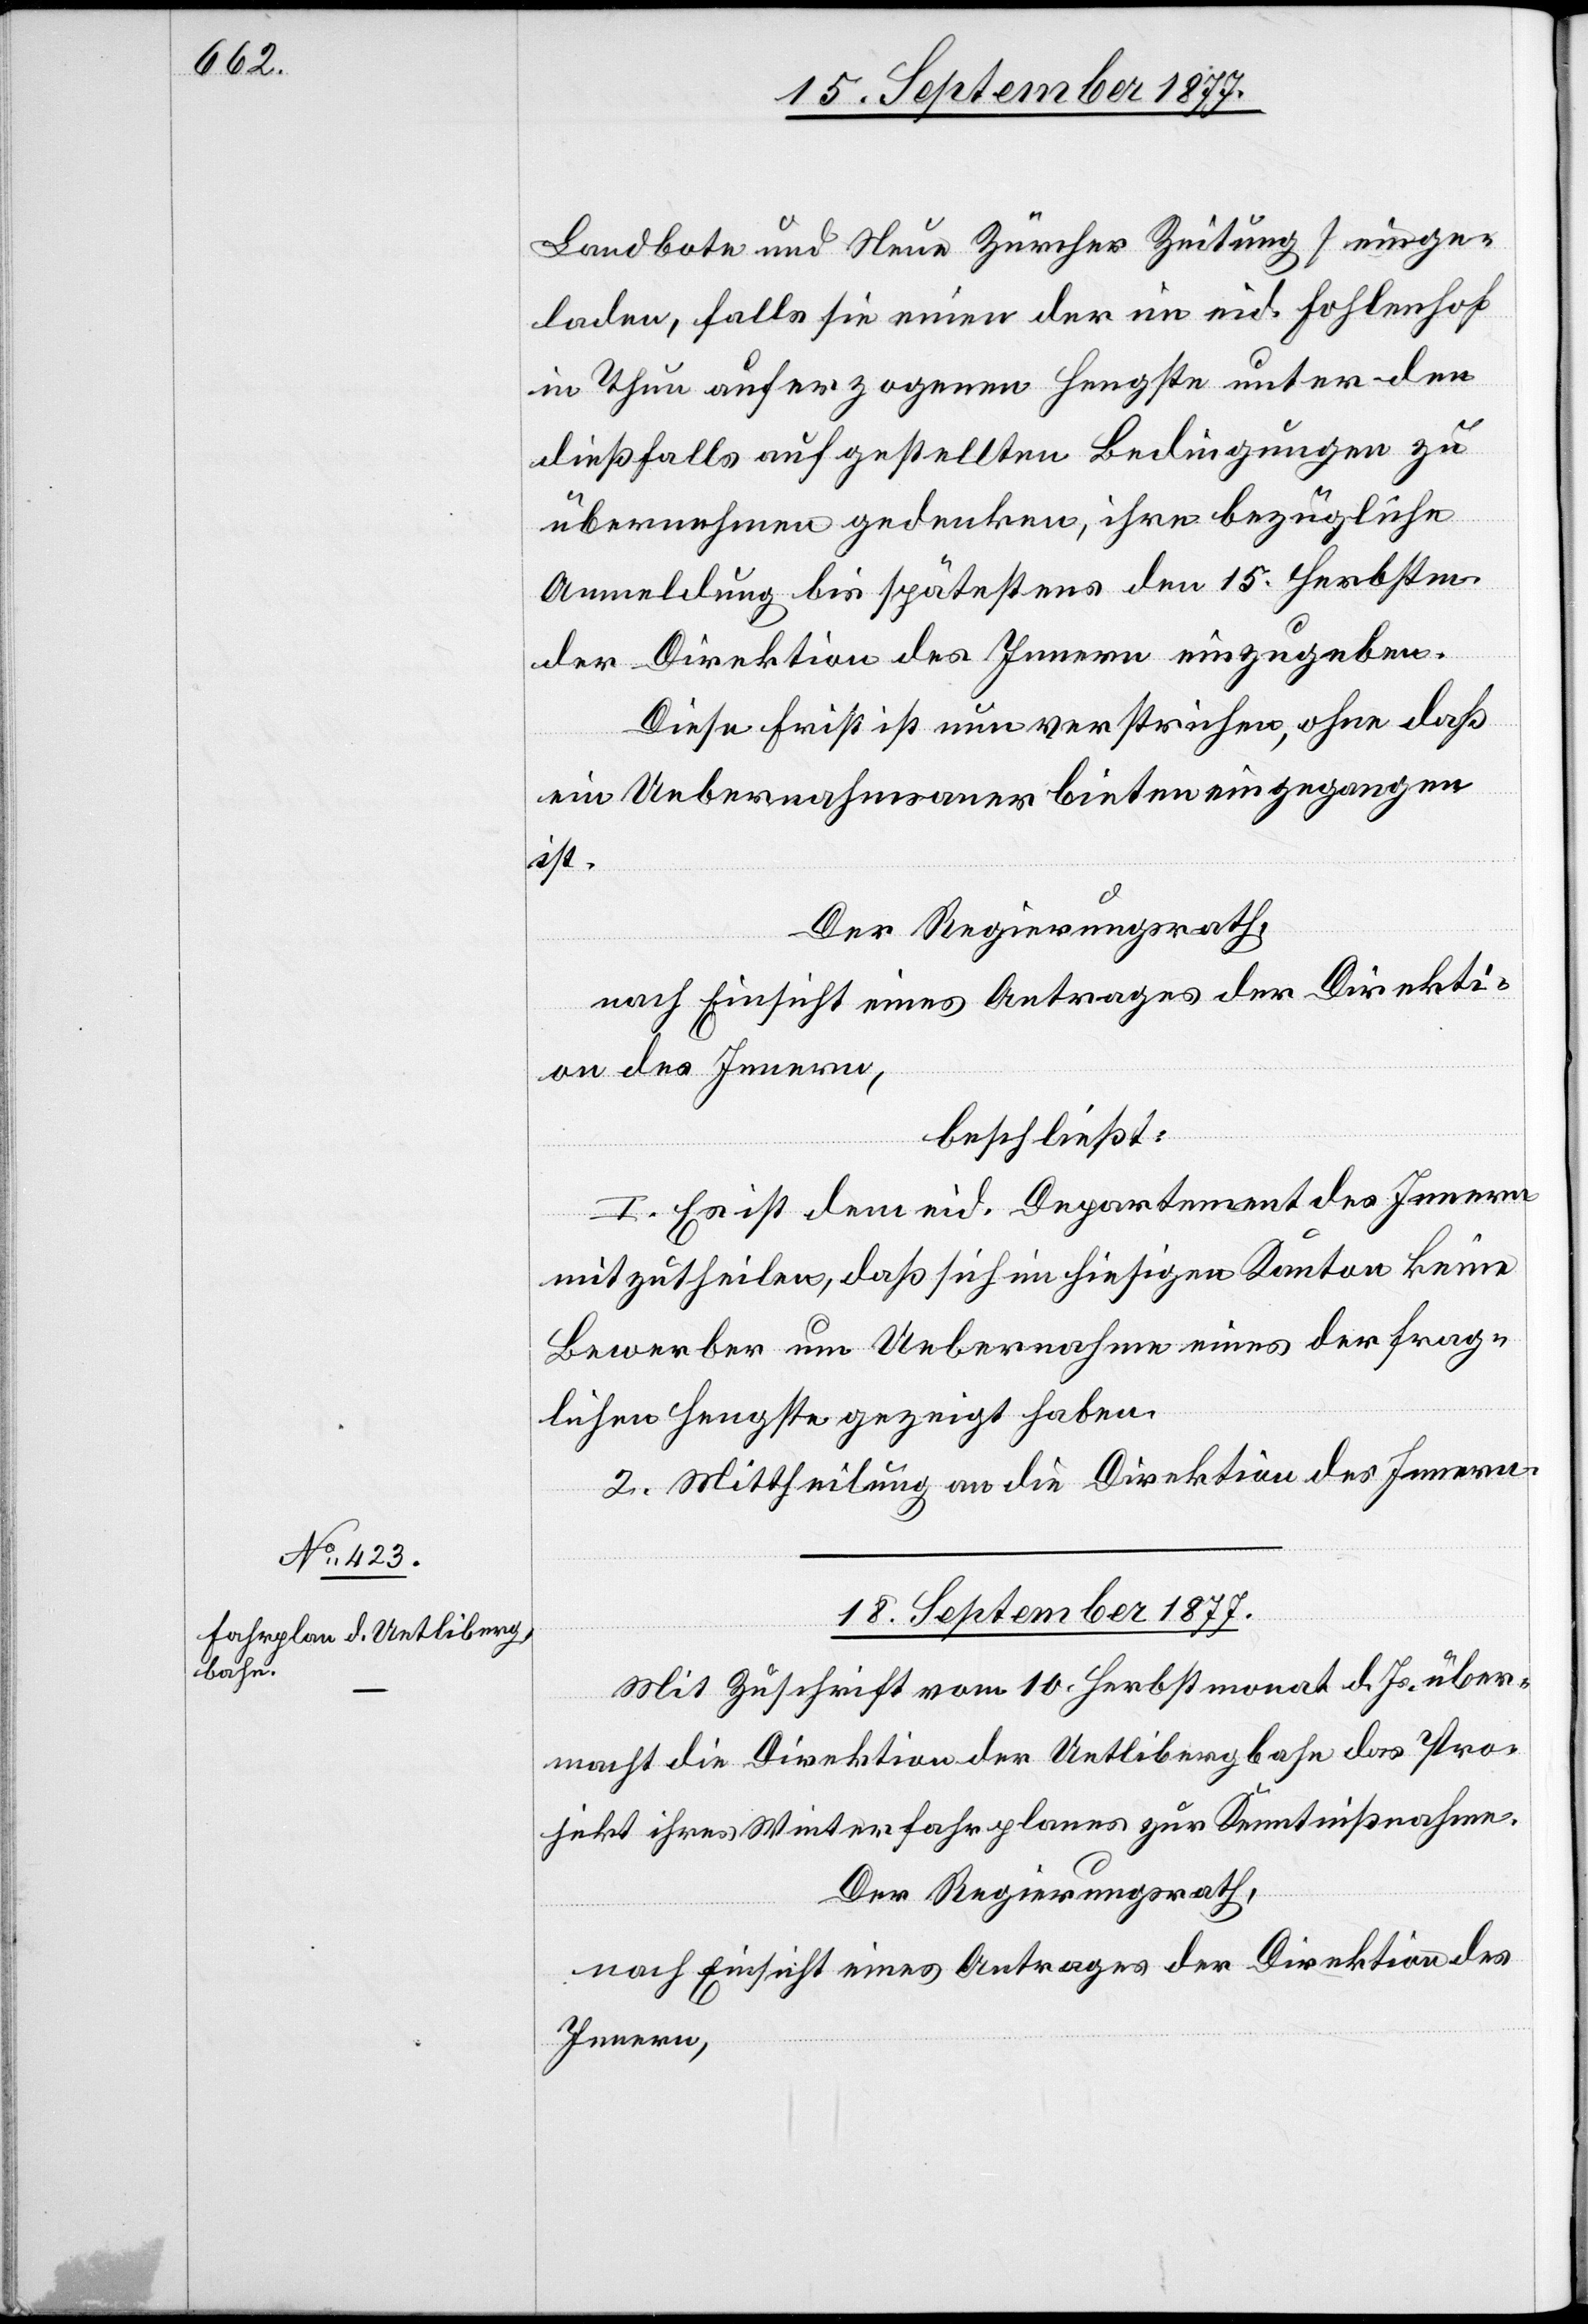
Landbote und Neue Zürcher Zeitung] einge¬
laden, falls sie einen der im eid. Fohlenhof
in Thun auferzogenen Hengste unter den
dießfalls aufgestellten Bedingungen zu
übernehmen gedenken, ihre bezügliche
Anmeldung bis spätestens den 15. Herbstm.
der Direktion des Innern einzugeben.
Diese Frist ist nun verstrichen, ohne daß
ein Uebernahmsanerbieten eingegangen
ist.
Der Regierungsrath,
nach Einsicht eines Antrages der Direkti¬
on des Innern,
beschließt:
I. Es ist dem eid. Departement des Innern
mitzutheilen, daß sich im hiesigen Kanton keine
Bewerber um Uebernahme eines der frag¬
lichen Hengste gezeigt haben.
II.] Mittheilung an die Direktion des Innern.
18. September 1877.
Mit Zuschrift vom 10. Herbstmonat d. Js. über¬
macht die Direktion der Uetlibergbahn das Pro¬
jekt ihres Winterfahrplanes zur Kenntnißnahme.
Der Regierungsrath,
nach Einsicht eines Antrages der Direktion des
Innern,